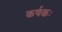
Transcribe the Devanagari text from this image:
कर्षकः